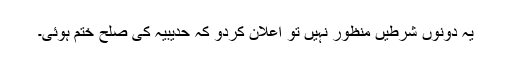
یہ دونوں شرطیں منظور نہیں تو اعلان کردو کہ حدیبیہ کی صلح ختم ہوئی۔